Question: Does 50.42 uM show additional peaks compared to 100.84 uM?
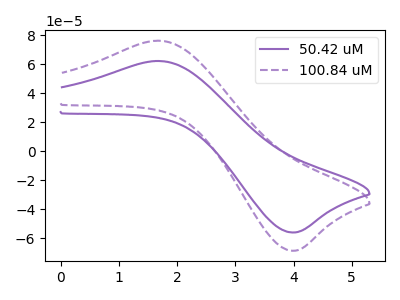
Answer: <think>The purple curve "50.42 uM" has an anodic peak at (1.70V, 62.10uA) and a cathodic peak at (3.95V, -55.95uA). The purple dashed curve "100.84 uM" has an anodic peak at (1.70V, 76.10uA) and a cathodic peak at (3.95V, -68.50uA).
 All the peaks in "50.42 uM" have a peak in "100.84 uM" at the same potential. Every peak in "50.42 uM" is lower than every peak in "100.84 uM".</think>
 <answer>No, "50.42 uM" and "100.84 uM" don't appear to be significantly different in shape</answer>
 <eval>no_change</eval>